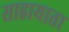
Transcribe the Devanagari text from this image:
साहायाता